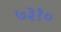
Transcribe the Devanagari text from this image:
७३१०